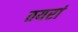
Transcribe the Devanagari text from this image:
तयरां